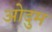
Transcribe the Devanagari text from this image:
ओदुम